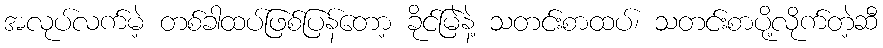
အလုပ်လက်မဲ့ တစ်ခါထပ်ဖြစ်ပြန်တော့ ခိုင်မြဲနဲ့ သတင်းစာထပ်၊ သတင်းစာပို့လိုက်တဲ့ဆီ